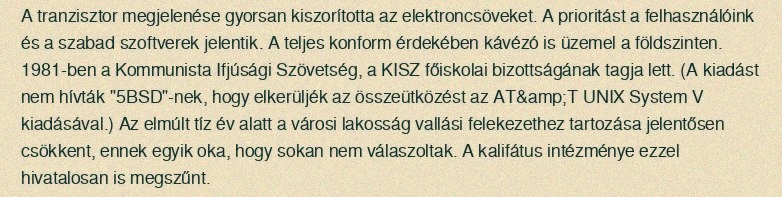
A tranzisztor megjelenése gyorsan kiszorította az elektroncsöveket. A prioritást a felhasználóink és a szabad szoftverek jelentik. A teljes konform érdekében kávézó is üzemel a földszinten. 1981-ben a Kommunista Ifjúsági Szövetség, a KISZ főiskolai bizottságának tagja lett. (A kiadást nem hívták "5BSD"-nek, hogy elkerüljék az összeütközést az AT&amp;T UNIX System V kiadásával.) Az elmúlt tíz év alatt a városi lakosság vallási felekezethez tartozása jelentősen csökkent, ennek egyik oka, hogy sokan nem válaszoltak. A kalifátus intézménye ezzel hivatalosan is megszűnt.